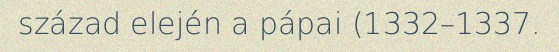
század elején a pápai (1332–1337.